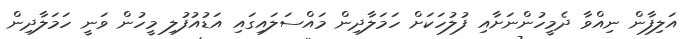
އަލިފާން ނިއްވާ ދެމީހުންނަށާއި ފުލުހަކަށް ހަމަލާދިން މައްސަލައިގައި އަޑުއުފުލި މީހުން ވަނީ ހަމަލާދިން